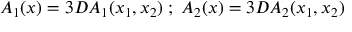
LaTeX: A _ { 1 } ( x ) = 3 D A _ { 1 } ( x _ { 1 } , x _ { 2 } ) \; ; \; A _ { 2 } ( x ) = 3 D A _ { 2 } ( x _ { 1 } , x _ { 2 } )